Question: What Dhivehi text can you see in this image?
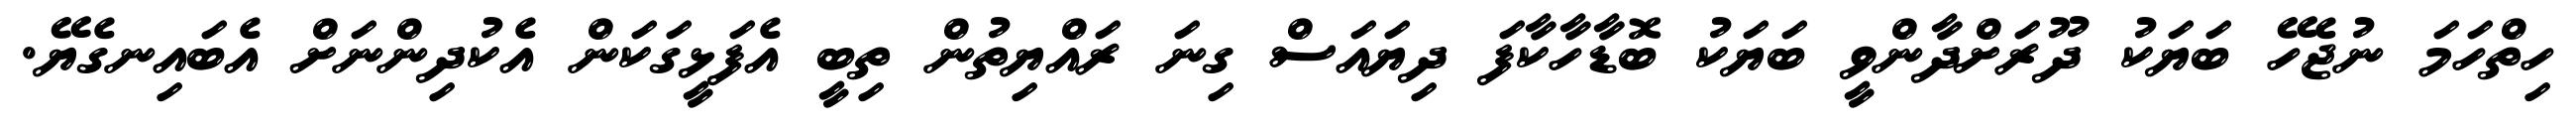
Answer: ހިތްހަމަ ނުޖެހޭ ބަޔަކު ދޫރަށްދާންވީ ބަޔަކު ބޮޑާހާކާފަ ދިޔައަސް ގިނަ ރައްޔިތުން ތިބީ އެފަޅީގަކަން އެކުދިންނަށް އެބައިނގެޔޭ.